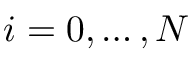
i = 0 , \dots , N